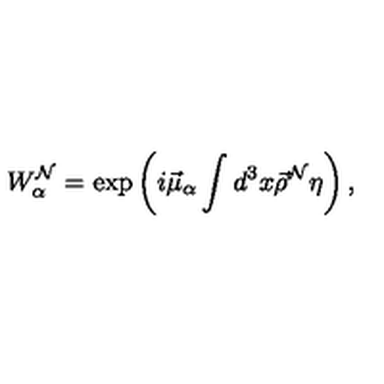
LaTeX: W _ { \alpha } ^ { \cal N } = \exp \left( i \vec { \mu } _ { \alpha } \int d ^ { 3 } x \vec { \rho } ^ { \cal N } \eta \right) ,